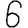
Digit: 6